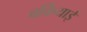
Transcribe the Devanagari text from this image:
बर्कियाई